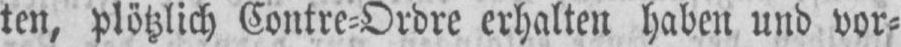
ten, plötzlich Contre⸗Ordre erhalten haben und vor⸗